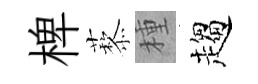
椑藜種趨